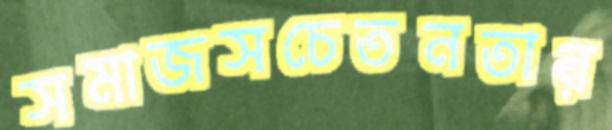
সমাজসচেতনতার